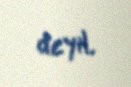
deyil.